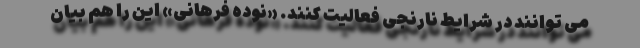
می توانند در شرایط نارنجی فعالیت کنند. «نوده فرهانی» این را هم بیان